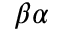
\beta \alpha